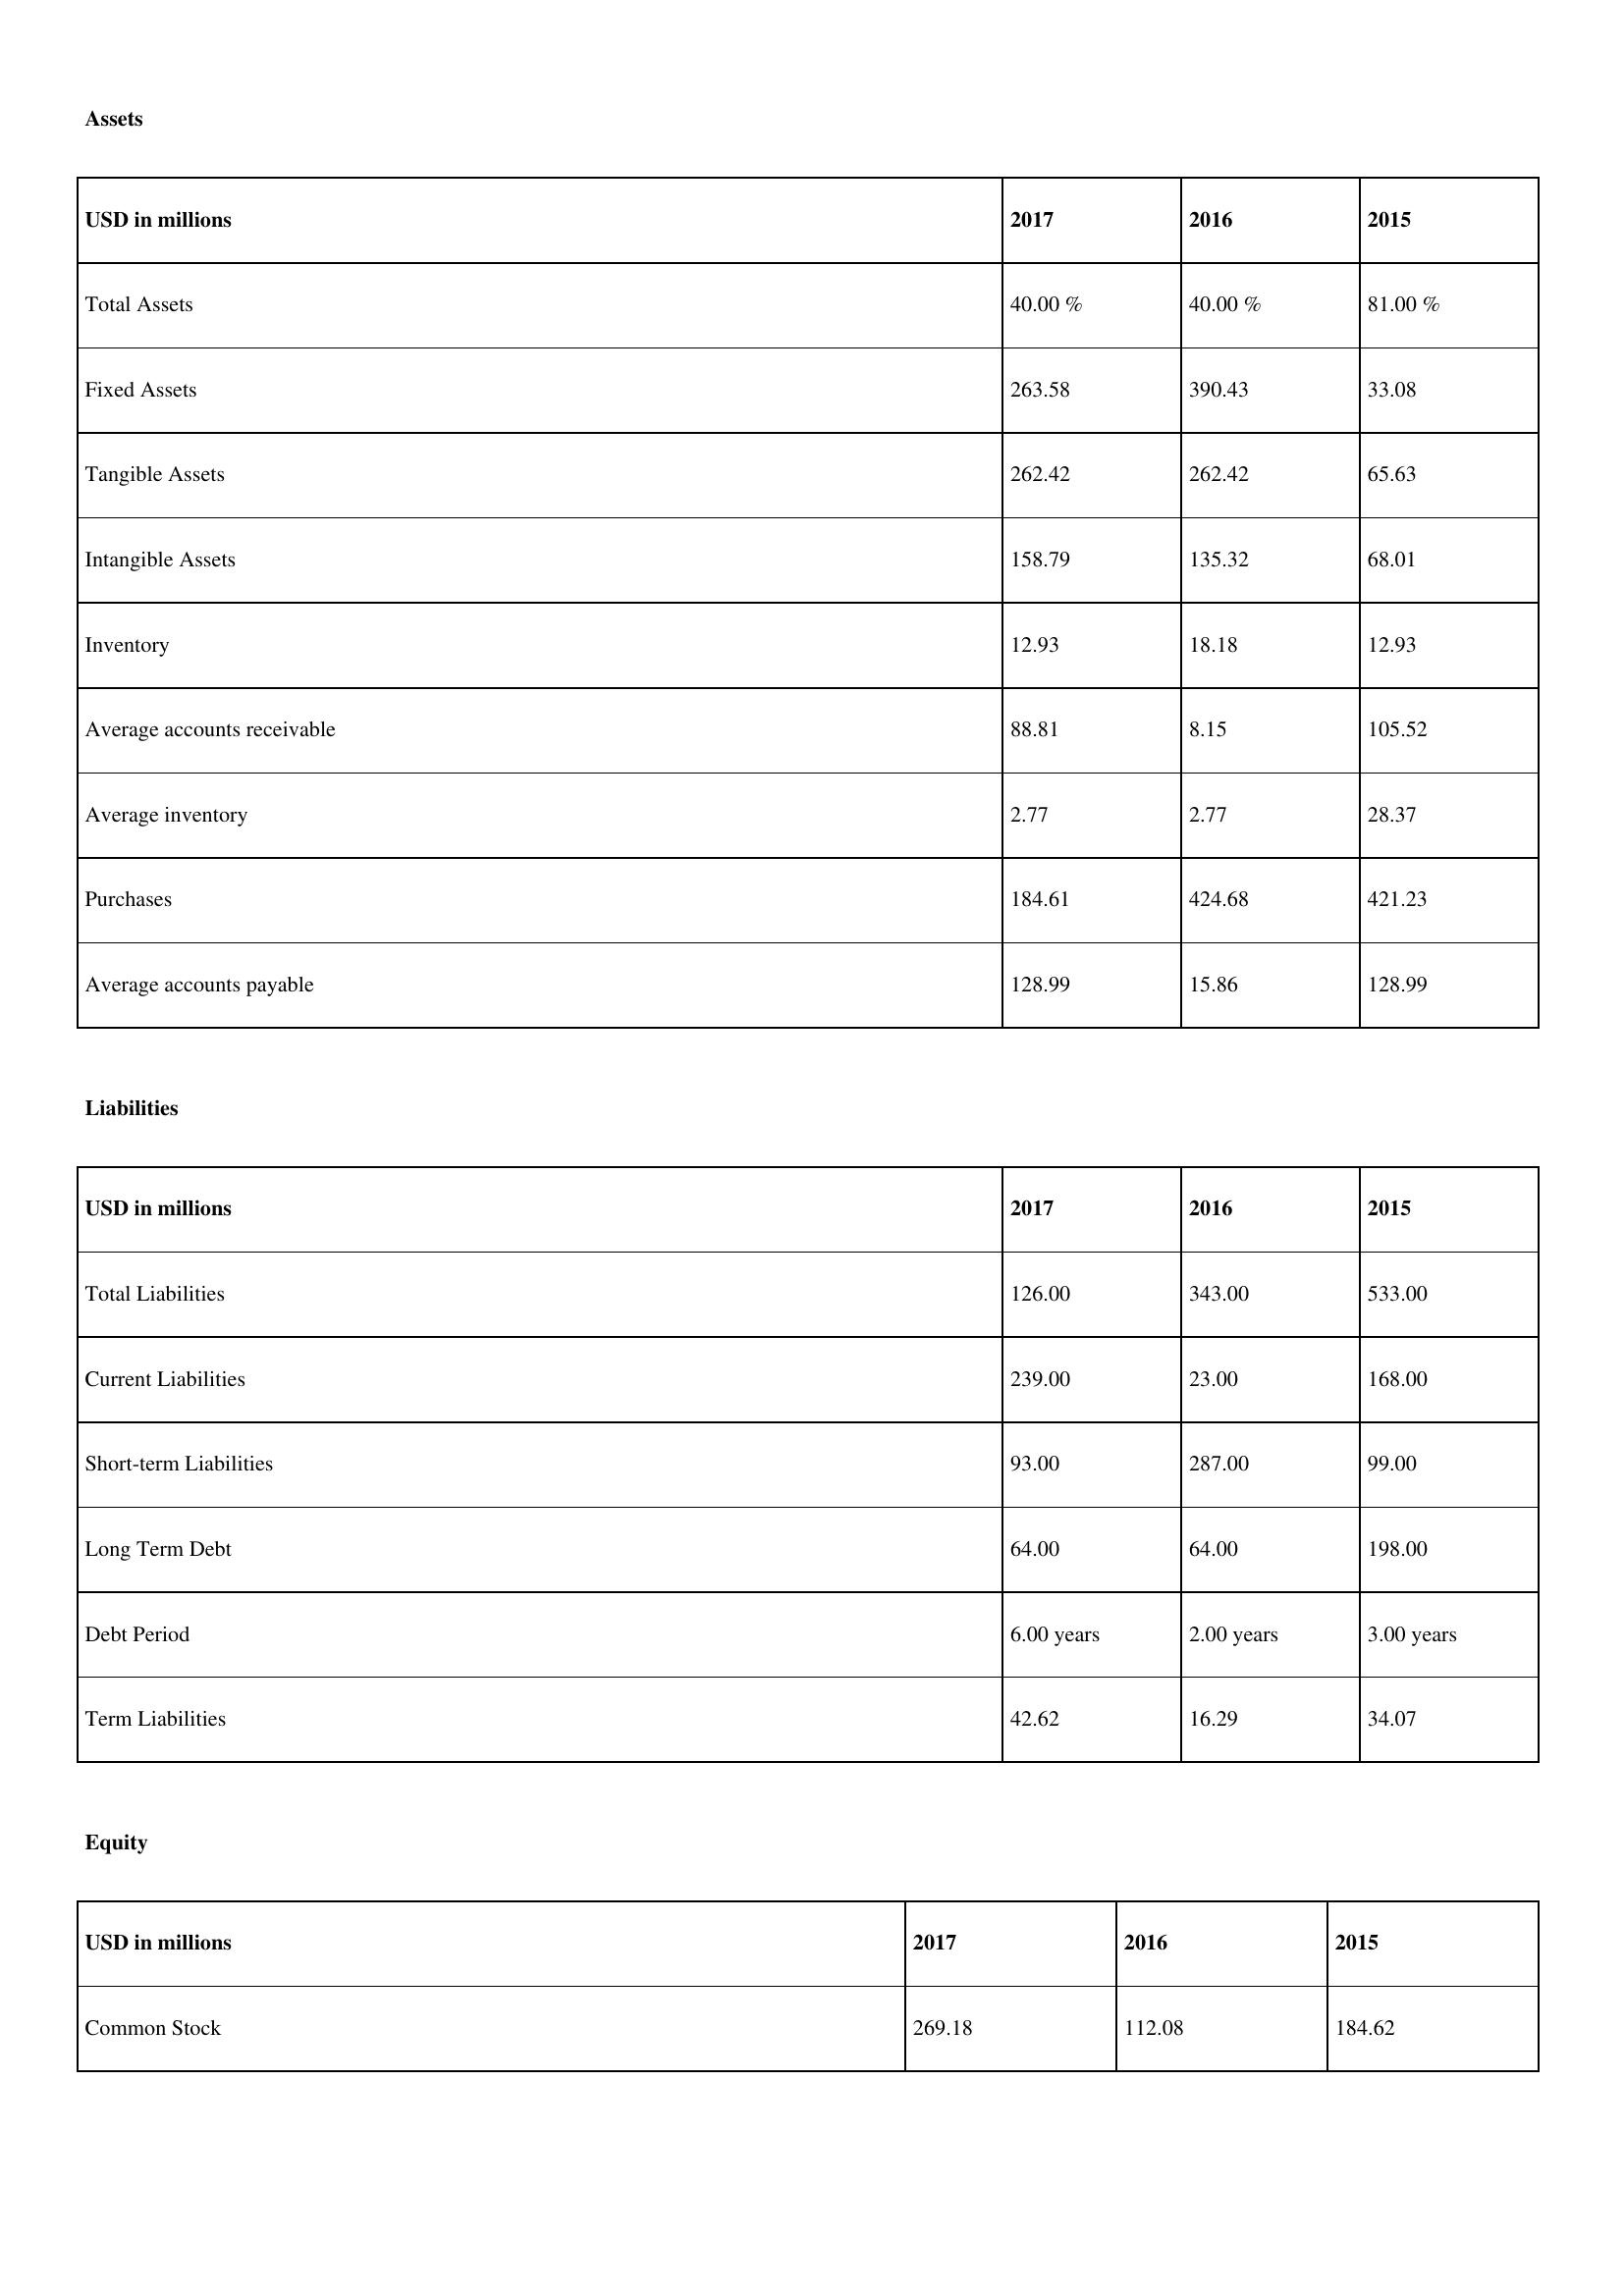
gt_parse: 2017: Assets: Total Assets: 40.00 %
Fixed Assets: 263.58
Tangible Assets: 262.42
Intangible Assets: 158.79
Inventory: 12.93
Average accounts receivable: 88.81
Average inventory: 2.77
Purchases: 184.61
Average accounts payable: 128.99
Liabilities: Total Liabilities: 126.00
Current Liabilities: 239.00
Short-term Liabilities: 93.00
Long Term Debt: 64.00
Debt Period: 6.00 years
Term Liabilities: 42.62
Equity: Common Stock: 269.18
2016: Assets: Total Assets: 40.00 %
Fixed Assets: 390.43
Tangible Assets: 262.42
Intangible Assets: 135.32
Inventory: 18.18
Average accounts receivable: 8.15
Average inventory: 2.77
Purchases: 424.68
Average accounts payable: 15.86
Liabilities: Total Liabilities: 343.00
Current Liabilities: 23.00
Short-term Liabilities: 287.00
Long Term Debt: 64.00
Debt Period: 2.00 years
Term Liabilities: 16.29
Equity: Common Stock: 112.08
2015: Assets: Total Assets: 81.00 %
Fixed Assets: 33.08
Tangible Assets: 65.63
Intangible Assets: 68.01
Inventory: 12.93
Average accounts receivable: 105.52
Average inventory: 28.37
Purchases: 421.23
Average accounts payable: 128.99
Liabilities: Total Liabilities: 533.00
Current Liabilities: 168.00
Short-term Liabilities: 99.00
Long Term Debt: 198.00
Debt Period: 3.00 years
Term Liabilities: 34.07
Equity: Common Stock: 184.62